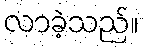
လာခဲ့သည်။